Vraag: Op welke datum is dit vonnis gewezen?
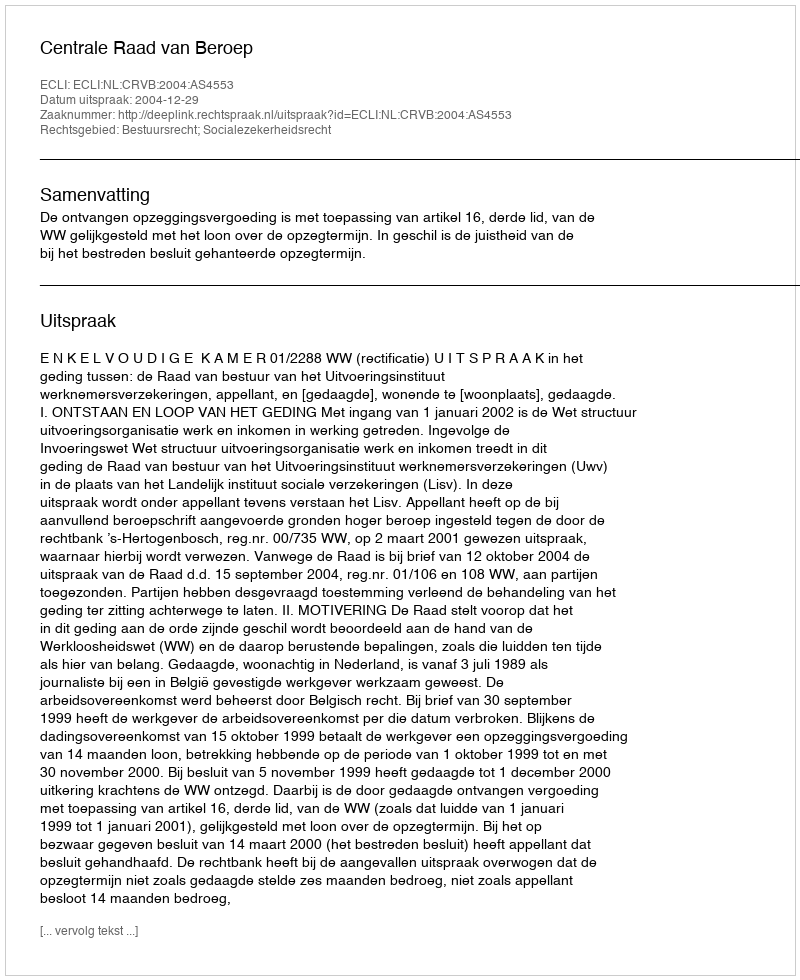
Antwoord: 2004-12-29